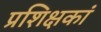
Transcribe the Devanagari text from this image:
प्रशिक्षकां